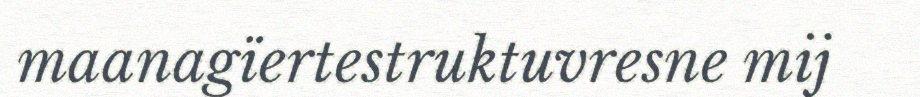
maanagïertestruktuvresne mij